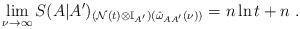
LaTeX: \begin{align*}\lim_{\nu\to\infty}S(A|A')_{(\mathcal{N}(t)\otimes\mathbb{I}_{A'})(\hat{\omega}_{AA'}(\nu))} = n\ln t + n\;.\end{align*}